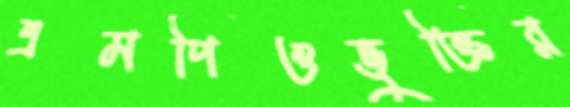
এমপিওভুক্তির